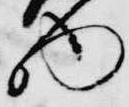
物